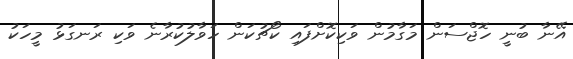
އޭނާ ބުނީ ހޮޖްސަން މަގާމުން ވަކިކޮށްފައި ކޯޗުކަން ހަވާލުކުރާނެ ވަކި ރަނގަޅު މީހަކު